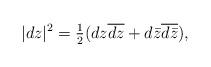
LaTeX: \begin{align*}|dz|^2 = \tfrac12 (dz\overline{dz} + d\bar z\overline{d\bar z}),\end{align*}